Report on sanitation, dispensaries, and jails in Rajputana for 1909, and on vaccination for the year 1909-1910 - 1909-1910
Year: 1909
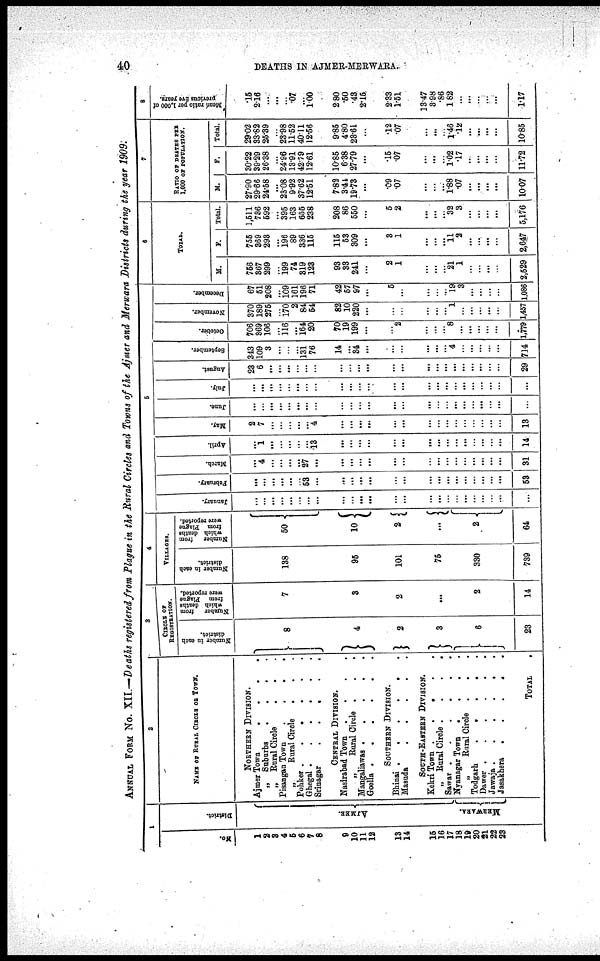
40
DEATHS IN AJMER-MERWARA.
ANNUAL FORM No. XII.— Deaths registered from Plague in the Rural Circles and Towns of the Ajmer and Merwara Districts during the year 1909.
1
No.
1
2
3
4
5
6
7
8
9
10
11
12
13
14
15
16
17
18
19
20
21
22
23
District.
AJMER.
MERWARA.
2
NAME OF RURAL CIRCLE OF TOWN.
NORTHERN DIVISION.
Ajmer Town
.
.
.
.
„ Suburbs . . . .
„ Rural Circle
.
. .
Pisangan Town
.
.
.
.
„
Rural Circle
. . .
Pohker .
.
.
.
.
.
Ghegal .
.
.
.
.
.
Srinagar
CENTRAL DIVISION.
Nasirabad Town
.
.
.
.
„
Rutal Circle . . .
Mangaliawas .
.
.
.
.
Goella .
.
.
.
.
.
SOUTHERN DIVISION.
Bhinai .
.
.
.
.
.
Masuda
.
.
.
.
.
SOUTH-EASTERN DIVISION.
Kekri Town
. . . .
„ Rural Circle .
.
.
.
Sawar .
.
.
.
.
.
Nyanagar Town
. . . .
„
Rural Circle
.
. .
Todgarh
.
.
.
.
.
Dawer .
.
.
.
.
.
Jawaja .
.
.
.
.
.
Jasakhera
.
.
.
.
.
TOTAL
3
CIRCLE OF
REGISTRATION.
Number in each
district.
8
4
2
3
6
23
Number
from
which deaths
from Plague
were reported.
7
3
2
...
2
14
4
VILLAGES.
Number in each
138
95
101
75
330
739
Number
from
which deaths
from Plague
were raported.
50
10
2
...
2
64
5
January.
...
...
...
...
...
...
...
...
...
...
...
...
...
...
...
...
...
...
...
...
...
...
...
...
Fabruary.
...
...
...
...
...
...
53
...
...
...
...
...
...
...
...
...
...
...
...
...
...
...
...
53
March.
...
4
...
...
...
...
27
...
...
...
...
...
...
...
...
...
...
...
...
...
...
...
...
31
April.
...
1
...
...
...
...
...
13
...
...
...
...
...
...
...
...
...
...
...
...
...
...
...
14
May.
2
7
...
...
...
...
...
4
...
...
...
...
...
...
...
...
...
...
...
...
...
...
...
13
June.
...
...
...
...
...
...
...
...
...
...
...
...
...
...
...
...
...
...
...
...
...
...
...
July.
...
...
...
...
...
...
...
...
...
...
...
. ..
...
...
...
...
...
...
...
...
...
...
...
August.
23
6
...
...
...
...
...
...
...
...
...
...
...
...
...
...
...
...
...
...
...
...
29
September.
343
109
3
...
...
...
131
76
14
...
34
...
...
...
...
...
...
4
...
...
...
...
...
714
October.
706
369
106
...
116
...
164
20
70
19
199
...
...
2
...
...
...
8
...
...
...
...
...
1,779
November.
370
189
275
...
170
2
84
64
82
10
220
...
...
...
...
...
...
1
...
...
...
...
...
1,457
December.
67
51
208
...
109
161
196
71
42
57
97
...
5
...
...
...
...
19
3
...
...
...
...
1,086
6
TOTAL.
M.
756
367
299
...
199
74
319
123
93
33
241
...
2
1
...
...
...
21
1
...
...
...
...
2,529
F.
755
369
298
...
196
89
336
115
115
53
309
...
3
1
...
...
...
11
2
...
...
...
...
2,647
Total.
1,511
736
592
...
395
163
655
238
208
86
550
...
5
2
...
...
...
32
3
...
...
...
...
5,176
7
RATIO OF DEATHS PER
1,000 OF POPULATAON.
M.
27.90
29.66
24.58
...
23.08
9.92
37.62
12.51
7.82
3.44
19.73
...
.09
.07
...
...
...
1.88
.07
...
...
...
...
10.07
F.
30.22
39.29
26.38
...
24.96
13.91
42.79
12.61
10.85
6.38
27.79
...
.15
.07
...
...
...
1.02
.17
...
...
...
...
11.72
Total.
29.02
33.82
25.39
...
23.98
11.52
40.11
12.56
9.85
4.80
23.61
...
.12
07
...
...
...
1.46
.12
...
...
...
...
10.85
8
Mean ratio per 1,000 of
previous five years.
.15
2.16
...
...
...
.07
1.00
2.80
.50
.43
2.15
2.33
1.51
13.47
3.98
.86
1.82
...
...
...
...
...
1.17